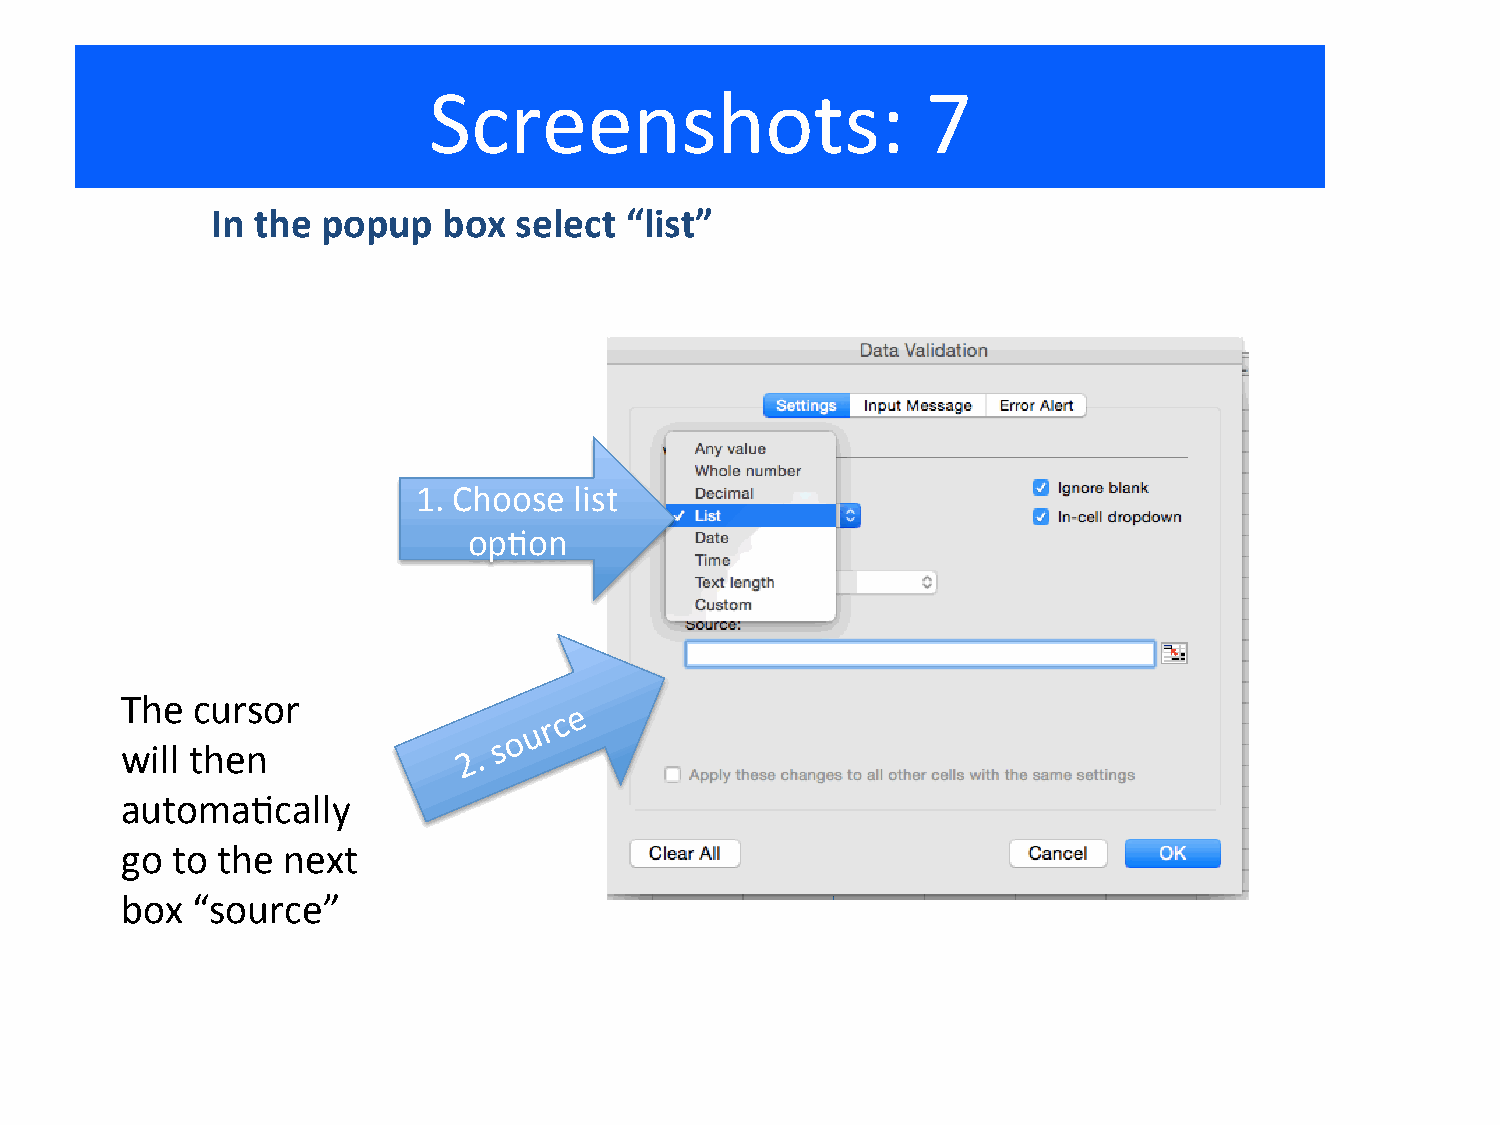
Screenshots:                     7
 In the popup   box  select “list”
 1. Choose list
 opKon
 The  cursor
 will then
 automaKcally
 go to the  next
 box  “source”